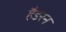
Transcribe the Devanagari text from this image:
हैडरन